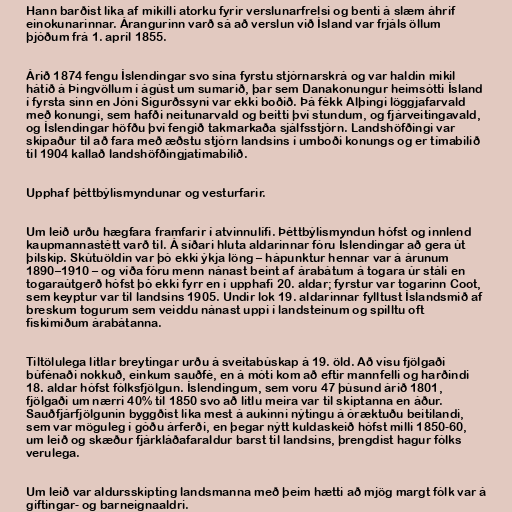
Hann barðist líka af mikilli atorku fyrir verslunarfrelsi og benti á slæm áhrif
einokunarinnar. Árangurinn varð sá að verslun við Ísland var frjáls öllum
þjóðum frá 1. apríl 1855.

Árið 1874 fengu Íslendingar svo sína fyrstu stjórnarskrá og var haldin mikil
hátíð á Þingvöllum í ágúst um sumarið, þar sem Danakonungur heimsótti Ísland
í fyrsta sinn en Jóni Sigurðssyni var ekki boðið. Þá fékk Alþingi löggjafarvald
með konungi, sem hafði neitunarvald og beitti því stundum, og fjárveitingavald,
og Íslendingar höfðu því fengið takmarkaða sjálfsstjórn. Landshöfðingi var
skipaður til að fara með æðstu stjórn landsins í umboði konungs og er tímabilið
til 1904 kallað landshöfðingjatímabilið.

Upphaf þéttbýlismyndunar og vesturfarir.

Um leið urðu hægfara framfarir í atvinnulífi. Þéttbýlismyndun hófst og innlend
kaupmannastétt varð til. Á síðari hluta aldarinnar fóru Íslendingar að gera út
þilskip. Skútuöldin var þó ekki ýkja löng – hápunktur hennar var á árunum
1890–1910 – og víða fóru menn nánast beint af árabátum á togara úr stáli en
togaraútgerð hófst þó ekki fyrr en í upphafi 20. aldar; fyrstur var togarinn Coot,
sem keyptur var til landsins 1905. Undir lok 19. aldarinnar fylltust Íslandsmið af
breskum togurum sem veiddu nánast uppi í landsteinum og spilltu oft
fiskimiðum árabátanna.

Tiltölulega litlar breytingar urðu á sveitabúskap á 19. öld. Að vísu fjölgaði
búfénaði nokkuð, einkum sauðfé, en á móti kom að eftir mannfelli og harðindi
18. aldar hófst fólksfjölgun. Íslendingum, sem voru 47 þúsund árið 1801,
fjölgaði um nærri 40% til 1850 svo að litlu meira var til skiptanna en áður.
Sauðfjárfjölgunin byggðist líka mest á aukinni nýtingu á óræktuðu beitilandi,
sem var möguleg í góðu árferði, en þegar nýtt kuldaskeið hófst milli 1850-60,
um leið og skæður fjárkláðafaraldur barst til landsins, þrengdist hagur fólks
verulega.

Um leið var aldursskipting landsmanna með þeim hætti að mjög margt fólk var á
giftingar- og barneignaaldri.